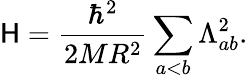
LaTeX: \mathsf{H}=\frac{{\hbar^{2}}}{{2MR^{2}}}\sum_{a<b}\Lambda_{ab}^{2}.